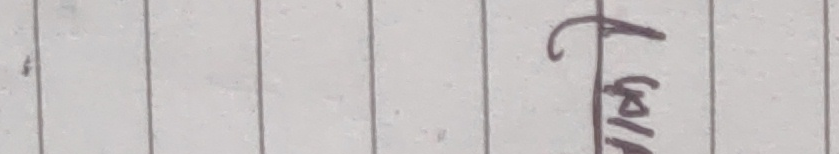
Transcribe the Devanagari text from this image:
The extracted text is:
फ्रोम